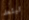
تبتعد